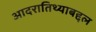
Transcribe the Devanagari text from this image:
आदरातिथ्याबद्दल